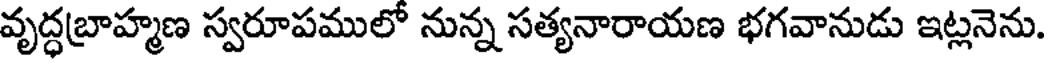
వృద్ధబ్రాహ్మణ స్వరూపములో నున్న సత్యనారాయణ భగవానుడు ఇట్లనెను.